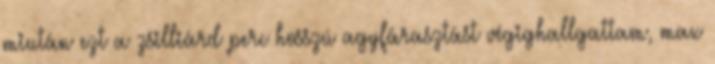
miután ezt a zsilliárd perc hosszú agyfárasztást végighallgattam, max